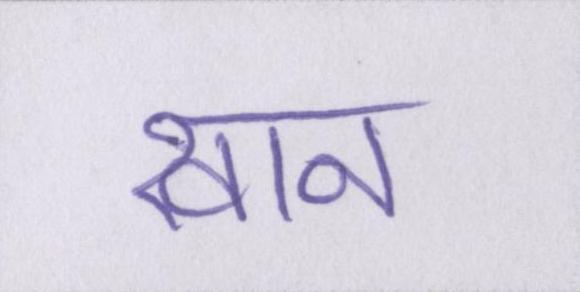
खान